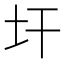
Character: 𱖇